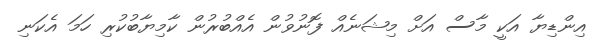
އިންޑިޔާ އަކީ މާސް އަށް މިޝަނެއް ފޮނުވުން އެއްބުރުން ކާމިޔާބުކުރި ހަމަ އެކަނި